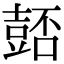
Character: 𧯻